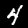
Digit: 4